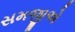
સમજીએ